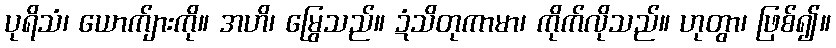
ပုရိသံ၊ ယောက်ျားကို။ အဟိ၊ မြွေသည်။ ဍံသိတုကာမာ၊ ကိုက်လိုသည်။ ဟုတွာ၊ ဖြစ်၍။